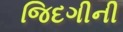
જિદગીની